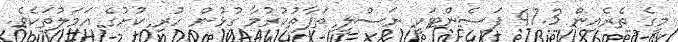
މީގެ ތެރެއިން 47.3 ޕަސެންޓަކީ ނަސްލީ ތަފާތުކުރުމާ ގުޅުން ހުރި ކުށުގެ އަމަލުތަކެވެ.